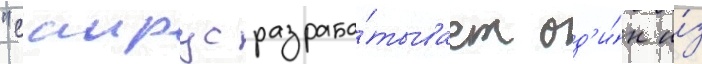
"саирус разраба́тывает од'и́н и́з